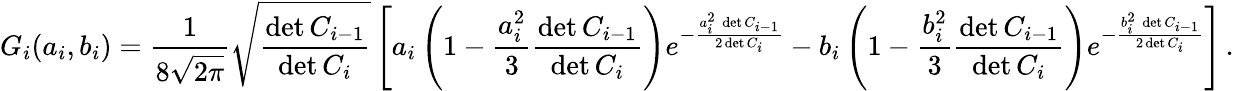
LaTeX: G_{i}(a_{i},b_{i})={\frac{1}{8\sqrt{2\pi}}}\sqrt{\frac{\operatorname*{det}C_{i-1}}{\operatorname*{det}C_{i}}}\left[a_{i}\left(1-{\frac{a_{i}^{2}}{3}}{\frac{\operatorname*{det}C_{i-1}}{\operatorname*{det}C_{i}}}\right)e^{-{\frac{a_{i}^{2}\, \operatorname*{det}C_{i-1}}{2\operatorname*{det}C_{i}}}}-b_{i}\left(1-{\frac{b_{i}^{2}}{3}}{\frac{\operatorname*{det}C_{i-1}}{\operatorname*{det}C_{i}}}\right)e^{-{\frac{b_{i}^{2}\, \operatorname*{det}C_{i-1}}{2\operatorname*{det}C_{i}}}}\right]\, .